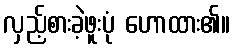
လှည့်စားခဲ့ဖူးပုံ ဟောထား၏။